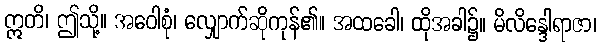
ဣတိ၊ ဤသို့။ အဝေါစုံ၊ လျှောက်ဆိုကုန်၏။ အထခေါ၊ ထိုအခါ၌။ မိလိန္ဒေါရာဇာ၊